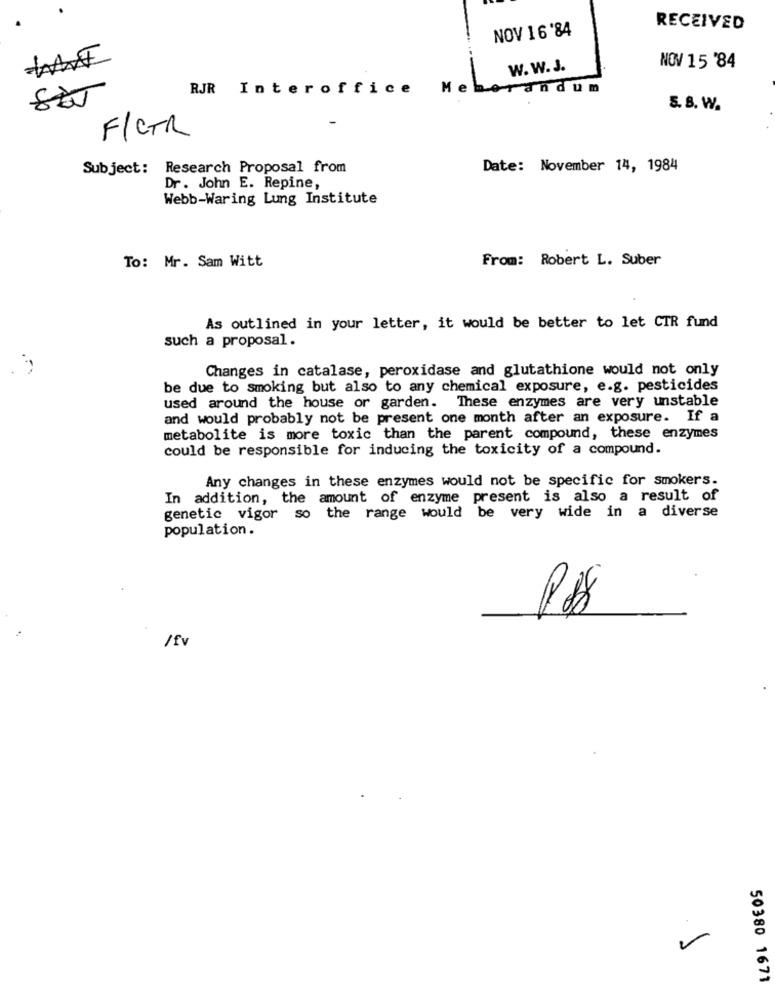
NOV 16'84
RECEIVED
W. W.J.
NOV 15 '84
RJR Interoffice
Me
andum
S. B. W.
F/CTR
Subject: Research Proposal from
Date: November 14, 1984
Dr. John E. Repine,
Webb-Waring Lung Institute
From: Robert L. Suber
To: Mr. Sam Witt
As outlined in your letter, it would be better to let CTR fund
such a proposal.
Changes in catalase, peroxidase and glutathione would not only
be due to smoking but also to any chemical exposure, e.g. pesticides
used around the house or garden. These enzymes are very unstable
and would probably not be present one month after an exposure. If a
metabolite is more toxic than the parent compound, these enzymes
could be responsible for inducing the toxicity of a compound.
Any changes in these enzymes would not be specific for smokers.
In addition, the amount of enzyme present is also a result of
genetic vigor so the range would be very wide in a diverse
population.
/fv
50380 1671